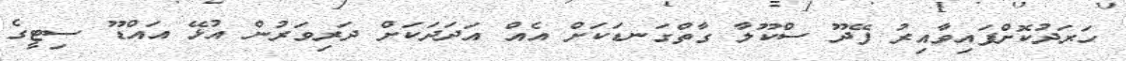
ހަރަދުކޮށްފައިވާއިރު ފޭދޫ ސްކޫލާ ގާތްގަނޑަކަށް އެއް އަދަދަކަށް ދަރިވަރުން އުޅޭ އައްޑޫ ސިޓީގެ